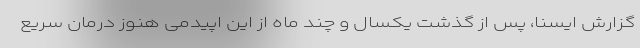
گزارش ایسنا، پس از گذشت یکسال و چند ماه از این اپیدمی هنوز درمان سریع